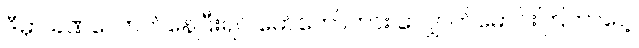
ဒီမှာ ခဏလောက်နေပြီးရင် မော်တော်ကား လျှောက်မောင်းကြတာပေါ့